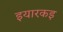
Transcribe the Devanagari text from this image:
इयारकइ